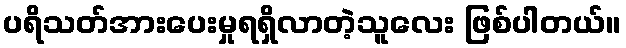
ပရိသတ်အားပေးမှုရရှိလာတဲ့သူလေး ဖြစ်ပါတယ်။